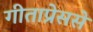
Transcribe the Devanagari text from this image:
गीताप्रेससे